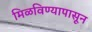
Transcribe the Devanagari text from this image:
मिळविण्यापासून